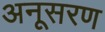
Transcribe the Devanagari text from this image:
अनूसरण